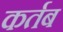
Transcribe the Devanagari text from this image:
कर्तब